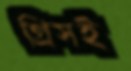
গ্রিসই